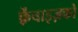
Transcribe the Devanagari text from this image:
फ़्रेंचाइज़को